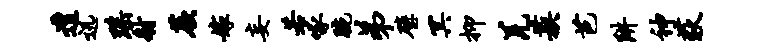
遭迅瑶射蕨嫁妄若啄腕弟璧冥抑羌蔟芭阱神荻